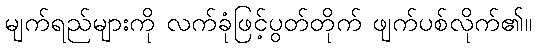
မျက်ရည်များကို လက်ခုံဖြင့်ပွတ်တိုက် ဖျက်ပစ်လိုက်၏။